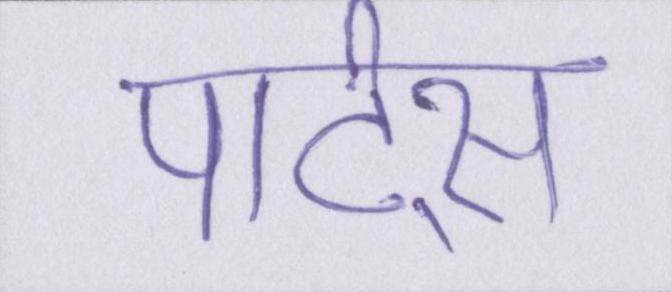
पार्ट्स